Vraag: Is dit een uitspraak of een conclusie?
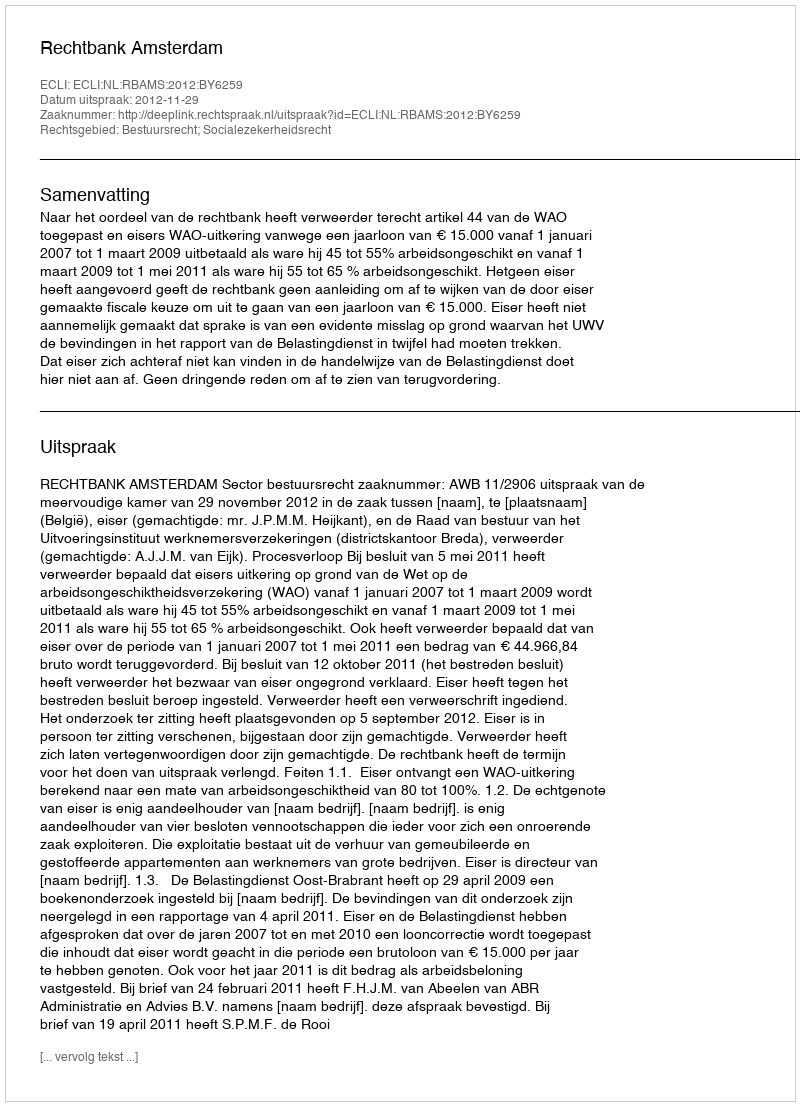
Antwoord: Uitspraak